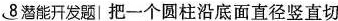
8 潜能开发题|把一个圆柱沿底面直径竖直切